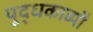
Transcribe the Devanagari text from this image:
युद्धकाव्यों